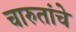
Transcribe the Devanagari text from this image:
चारुतांचे